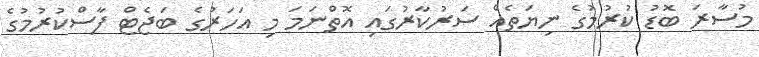
މުސާރަ ބޮޑު ކުރުމުގެ ނިޔަތެއް ސަރުކާރުގައި އޮތްނަމަ މި އަހަރުގެ ބަޖެޓް ފާސްކުރުމުގެ